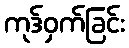
ကုဒ်ဝှက်ခြင်း